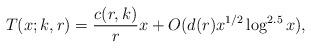
LaTeX: \begin{align*} T(x; k, r) = \frac{c(r, k)}{r} x + O(d(r)x^{1/2}\log^{2.5} x), \end{align*}